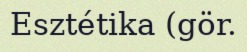
Esztétika (gör.